Proceedings of the meeting of veterinary officers in India
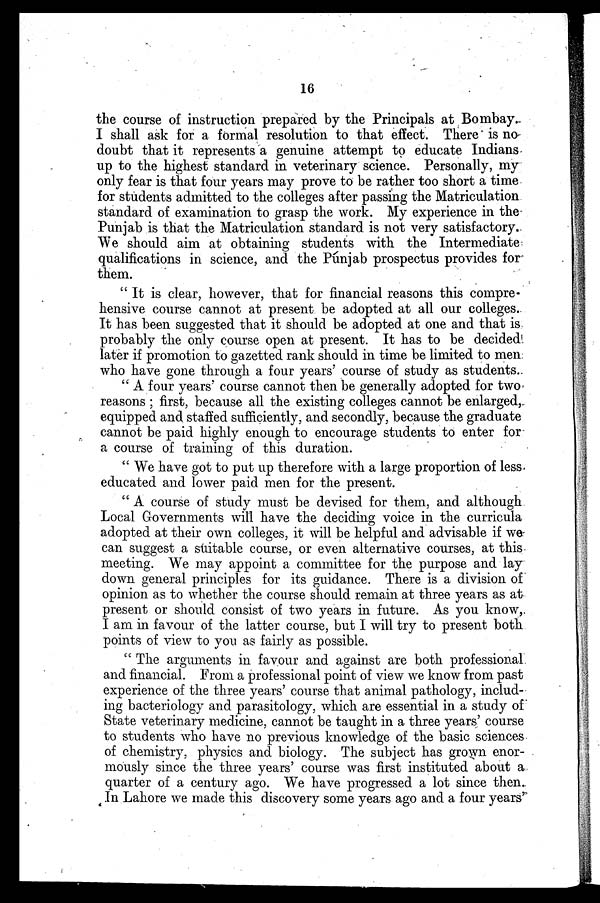
16
the course of instruction prepared by the Principals at Bombay-
I shall ask for a formal resolution to that effect. There is no
doubt that it represents a genuine attempt to educate Indians
up to the highest standard in veterinary science. Personally, my
only fear is that four years may prove to be rather too short a time
for students admitted to the colleges after passing the Matriculation
standard of examination to grasp the work. My experience in the
Punjab is that the Matriculation standard is not very satisfactory.
We should aim at obtaining students with the Intermediate
qualifications in science, and the Punjab prospectus provides for
them.
"It is clear, however, that for financial reasons this compre-
hensive course cannot at present be adopted at all our colleges.
It has been suggested that it should be adopted at one and that is
probably the only course open at present. It has to be decided
later if promotion to gazetted rank should in time be limited to men
who have gone through a four years' course of study as students.
"A four years' course cannot then be generally adopted for two
reasons; first, because all the existing colleges cannot be enlarged,
equipped and. staffed sufficiently, and secondly, because the graduate
cannot be paid highly enough to encourage students to enter for
a course of training of this duration.
"We have got to put up therefore with a large proportion of less
educated and lower paid men for the present.
"A course of study must be devised for them, and although
Local Governments will have the deciding voice in the curricula
adopted at their own colleges, it will be helpful and advisable if we
can suggest a suitable course, or even alternative courses, at this
meeting. We may appoint a committee for the purpose and lay
down general principles for its guidance. There is a division of
opinion as to whether the course should remain at three years as at
present or should consist of two years in future. As you know,
I am in favour of the latter course, but I will try to present both
points of view to you as fairly as possible.
"The arguments in favour and against are both professional
and financial. From a professional point of view we know from past
experience of the three years' course that animal pathology, includ-
ing bacteriology and parasitology, which are essential in a study of
State veterinary medicine, cannot be taught in a three years' course
to students who have no previous knowledge of the basic sciences
of chemistry, physics and biology. The subject has grown enor-
mously since the three years' course was first instituted about a
quarter of a century ago. We have progressed a lot since then.
In Lahore we made this discovery some years ago and a four years'